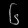
Digit: ၆